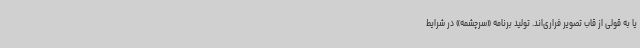
یا به قولی از قاب تصویر فراری‌اند. تولید برنامه «سرچشمه» در شرایط